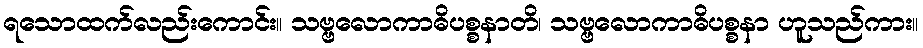
ရသောထက်လည်းကောင်း။ သဗ္ဗလောကာဓိပစ္စနာတိ၊ သဗ္ဗလောကာဓိပစ္စနာ ဟူသည်ကား။